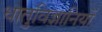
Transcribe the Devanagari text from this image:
धातुविज्ञानियों